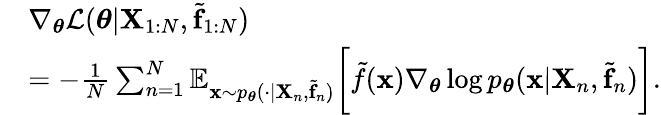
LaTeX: \begin{array}{rl}&{\nabla_{\boldsymbol{\theta}}\mathcal{L}(\boldsymbol{\theta}|\mathbf{X}_{1:N},\tilde{\mathbf{f}}_{1:N})}\\ &{=-\frac{1}{N}\sum_{n=1}^{N}\mathbb{E}_{\mathbf{x}\sim p_{\boldsymbol{\theta}}(\cdot|\mathbf{X}_{n},\tilde{\mathbf{f}}_{n})}\bigg[\tilde{f}(\mathbf{x})\nabla_{\boldsymbol{\theta}}\log p_{\boldsymbol{\theta}}(\mathbf{x}|\mathbf{X}_{n},\tilde{\mathbf{f}}_{n})\bigg].}\end{array}